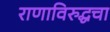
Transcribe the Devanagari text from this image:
राणाविरुद्धचा